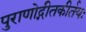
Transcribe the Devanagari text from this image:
पुराणोद्गीतकीर्तयः